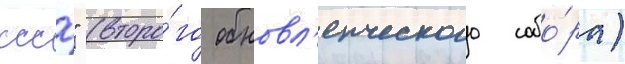
ссср" (второ́го обновл'енческого собо́ра)